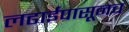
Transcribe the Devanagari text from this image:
लढाईपासूनच